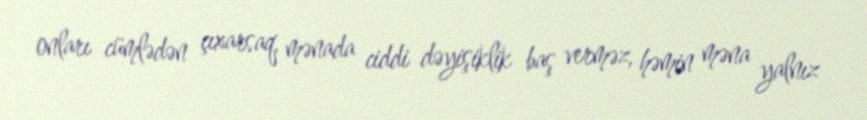
onları cümlədən çıxarsaq, mənada ciddi dəyişiklik baş verməz, həmin məna yalnız